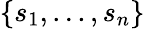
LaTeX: \{ s_{1},...,s_{n}\}